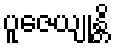
ပူဇေယျုန္တိ